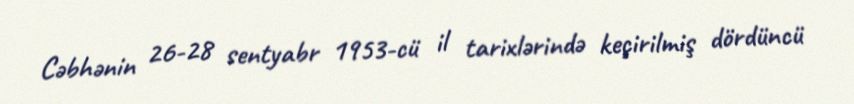
Cəbhənin 26-28 sentyabr 1953-cü il tarixlərində keçirilmiş dördüncü